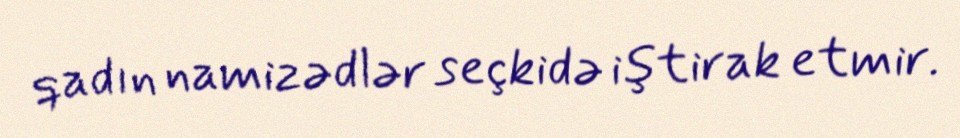
qadın namizədlər seçkidə iştirak etmir.